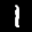
Label: 1